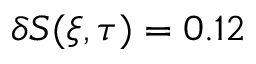
\delta S ( \xi , \tau ) = 0 . 1 2